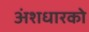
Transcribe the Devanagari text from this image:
अंशधारको